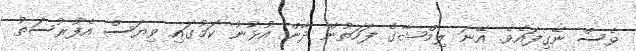
ވެސް ނޭގިފައެވެ. އޭނަ ލިމްޝާގެ ފަހަތުން ދާން އުޅުނު ކަމުގައި ވިޔަސް އެފުރުސަތު